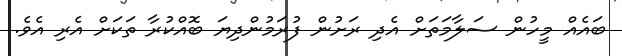
ބައެއް މީހުން ސަލާމަތަށް އެދި ރަށުން ފުރަމުންދިޔަ ބޮއްކުރާ ތަކަށް އެރި އެވެ.